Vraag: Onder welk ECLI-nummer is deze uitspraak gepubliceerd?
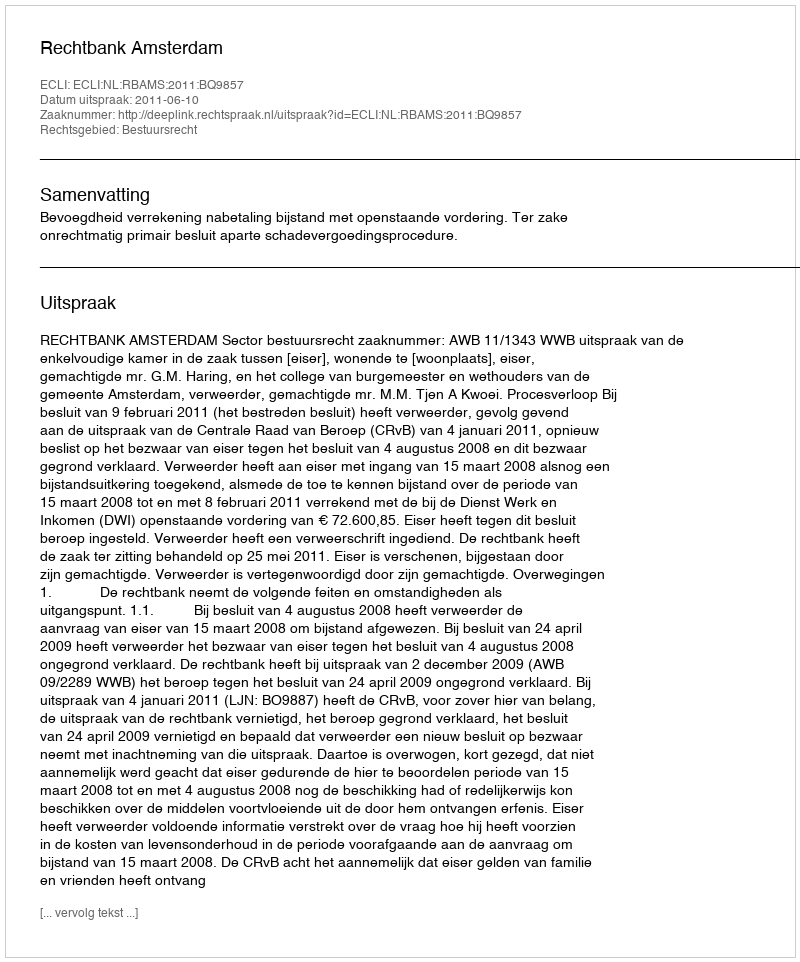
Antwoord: ECLI:NL:RBAMS:2011:BQ9857